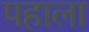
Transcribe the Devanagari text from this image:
पहाला